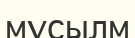
мұсылм